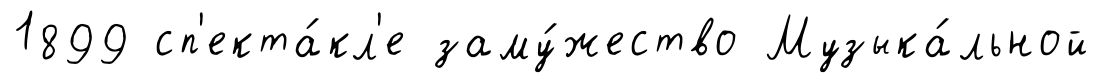
1899 сп'екта́кл'е заму́жество Музыка́льной